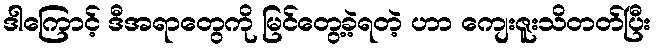
ဒါကြောင့် ဒီအရာတွေကို မြင်တွေ့ခဲ့ရတဲ့ ဟာ ကျေးဇူးသိတတ်ပြီး